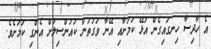
އެ ހާދިސާ ހިނގައިގެން އުޅޭ ކަމަށާއިި އޭނާ ވަގުތުން ކައުންސިލަށް އެންގި ކަމަށެވެ.